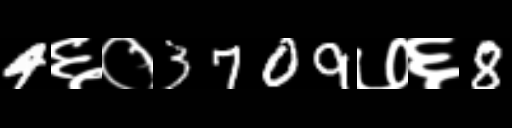
Text: 4६०3709७६8